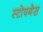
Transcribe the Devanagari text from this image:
स्टोपगेस